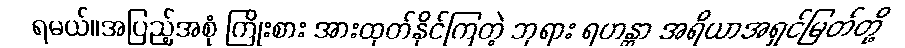
ရမယ်။အပြည့်အစုံ ကြိုးစား အားထုတ်နိုင်ကြတဲ့ ဘုရား ရဟန္တာ အရိယာအရှင်မြတ်တို့